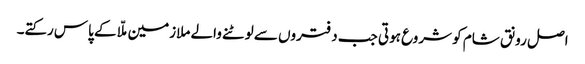
اصل رونق شام کو شروع ہوتی جب دفتروں سے لوٹنے والے ملازمین ملّا کے پاس رکتے۔